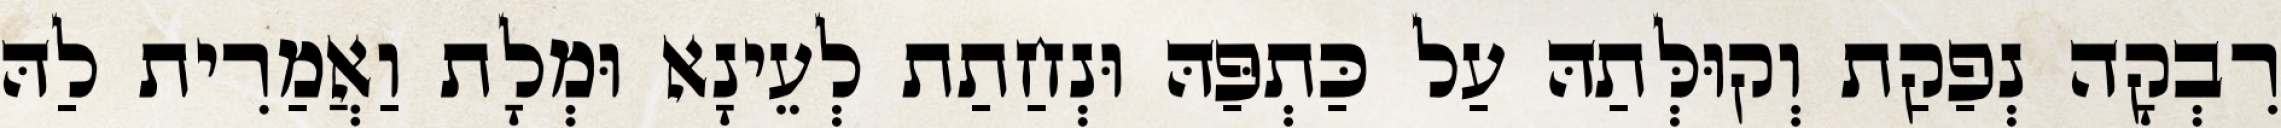
רִבְקָה נְפַקַת וְקוּלְּתַהּ עַל כַּתְפַּהּ וּנְחַתַת לְעֵינָא וּמְלָת וַאֲמַרִית לַהּ